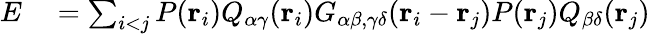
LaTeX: \begin{array}{rl}{E}&{{}=\sum_{i<j}P({\mathbf r}_{i})Q_{\alpha\gamma}({\mathbf r}_{i})G_{\alpha\beta,\gamma\delta}({\mathbf r}_{i}-{\mathbf r}_{j})P({\mathbf r}_{j})Q_{\beta\delta}({\mathbf r}_{j})}\end{array}